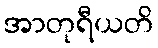
အာတုရီယတိ